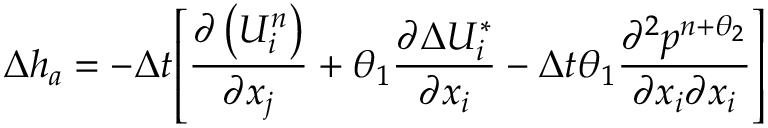
\Delta { { h } _ { a } } = - \Delta t { { \left[ \frac { \partial \left( U _ { i } ^ { n } \right) } { \partial { { x } _ { j } } } + { { \theta } _ { 1 } } \frac { \partial \Delta U _ { i } ^ { * } } { \partial { { x } _ { i } } } - \Delta t { { \theta } _ { 1 } } \frac { { { \partial } ^ { 2 } } { { p } ^ { n + { { \theta } _ { 2 } } } } } { \partial { { x } _ { i } } \partial { { x } _ { i } } } \right] } }